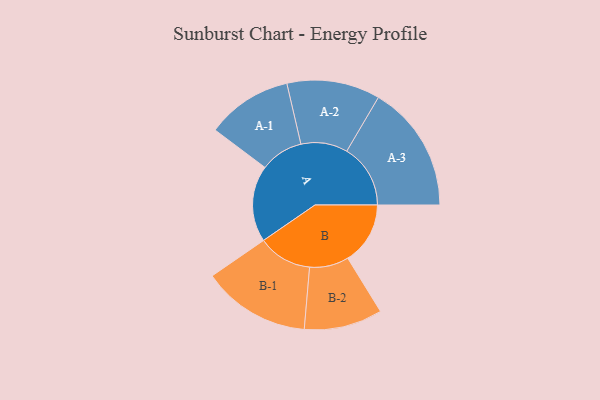
{"axis": {"x": "Segment", "y": "Value"}, "legend": ["", "A", "B"], "data": [{"x": "A", "y": 246, "type": ""}, {"x": "B", "y": 201, "type": ""}, {"x": "A-1", "y": 138, "type": "A"}, {"x": "A-2", "y": 150, "type": "A"}, {"x": "A-3", "y": 205, "type": "A"}, {"x": "B-1", "y": 174, "type": "B"}, {"x": "B-2", "y": 126, "type": "B"}]}